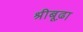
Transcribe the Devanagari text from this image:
श्रीबूढ़ा